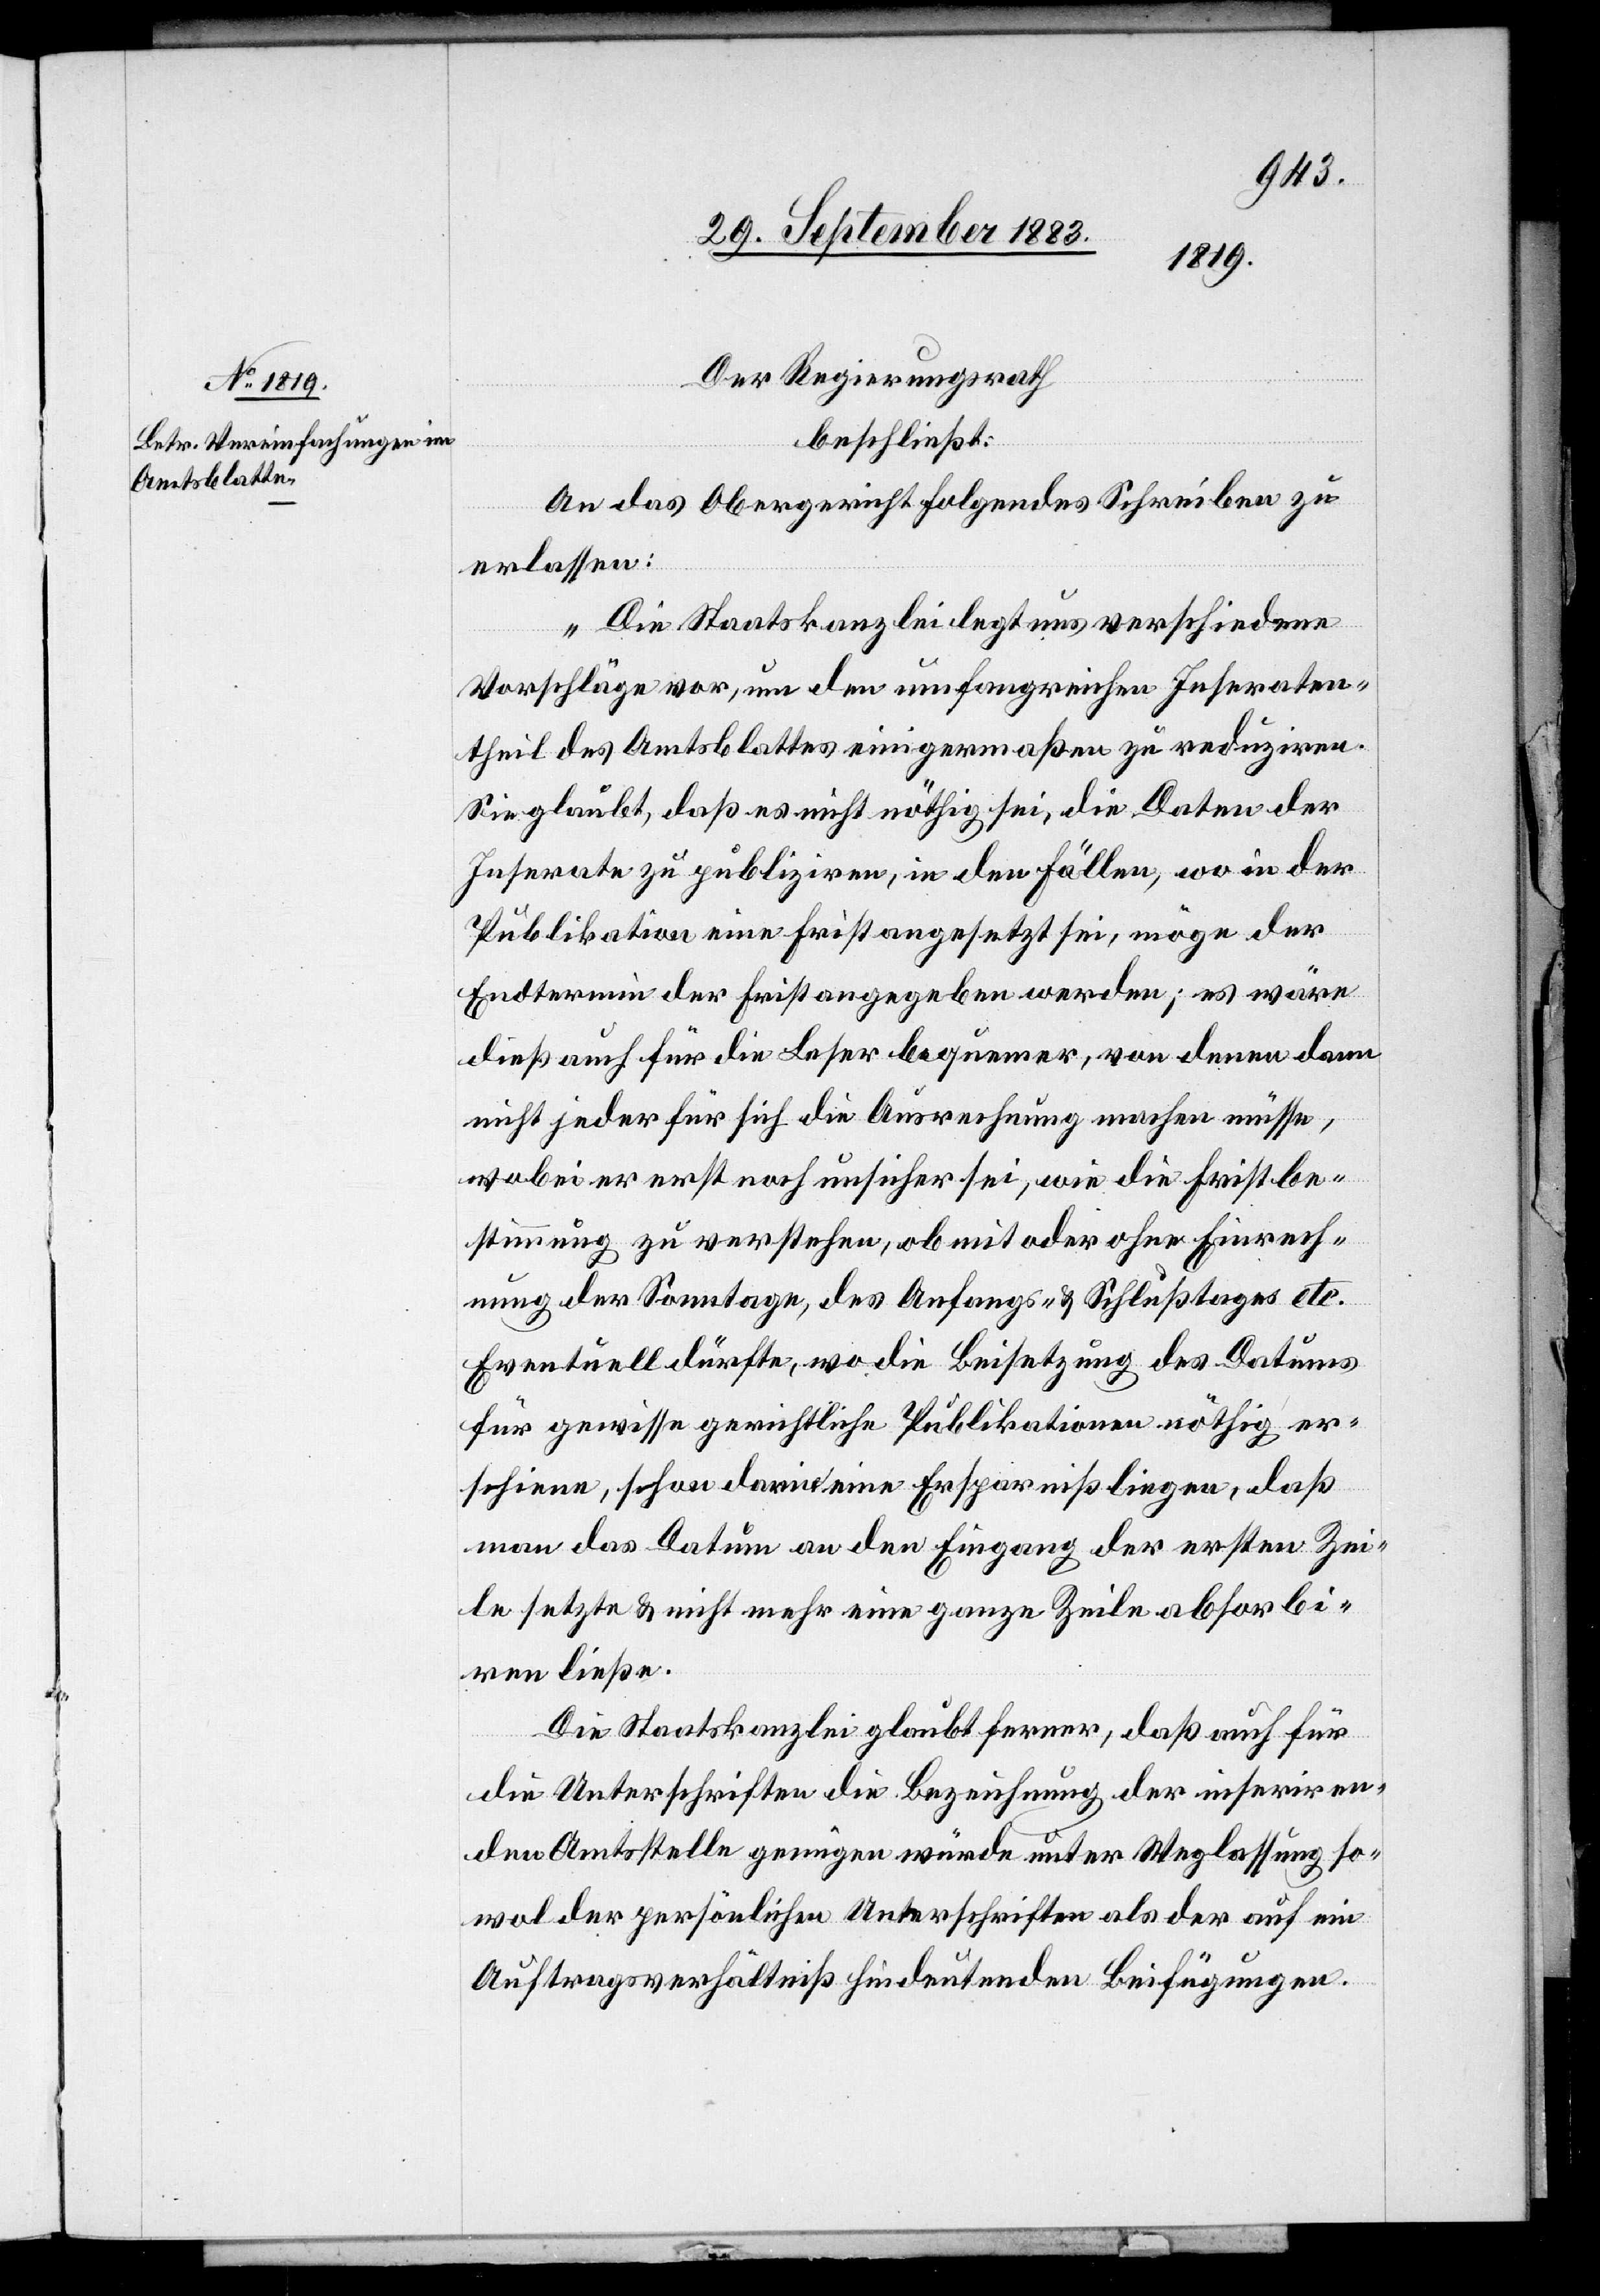
Der Regierungsrath,
beschließt:
An das Obergericht folgendes Schreiben zu
erlassen:
„Die Staatskanzlei legt uns verschiedene
Vorschläge vor, um den umfangreichen Inseraten¬
theil des Amtsblattes einigermaßen zu reduziren,
Sie glaubt, daß es nicht nöthig sei, die Daten der
Inserate zu publiziren, in den Fällen, wo in der
Publikation eine Frist angesetzt sei, möge der
Endtermin der Frist angegeben werden; es wäre
dieß auch für die Leser bequemer, von denen dann
nicht jeder für sich die Ausrechnung machen müsse,
wobei er erst noch unsicher sei, wie die Fristbe¬
stimmung zu verstehen, ob mit oder ohne Einrech¬
nung der Sonntage, des Anfangs- & Schlußtages etc.
Eventuell dürfte, wo die Beisetzung des Datums
für gewisse gerichtliche Publikationen nöthig er¬
scheine, schon darin eine Ersparniß liegen, daß
man das Datum an den Eingang der ersten Zei¬
le setzte & nicht mehr eine ganze Zeile absorbi¬
ren ließe.
Die Staatskanzlei glaubt ferner, daß auch für
die Unterschriften die Bezeichnung der inseriren¬
den Amtsstelle genügen würde unter Weglassung so¬
wol der persönlichen Unterschriften als der auf ein
Auftragsverhältniß hindeutenden Beifügungen.